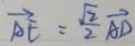
\overrightarrow { A E } = \frac { \sqrt { 2 } } { 2 } \overrightarrow { A D }